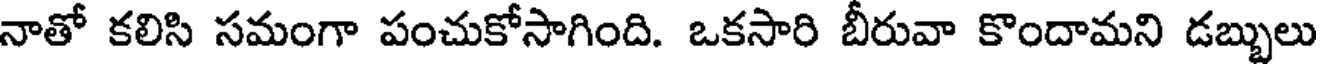
నాతో కలిసి సమంగా పంచుకోసాగింది. ఒకసారి బీరువా కొందామని డబ్బులు